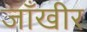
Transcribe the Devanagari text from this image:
जाँखीर